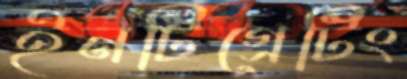
ইনটিগ্রেটিং